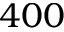
4 0 0